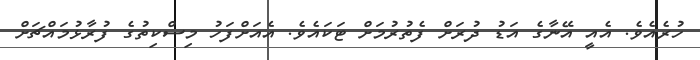
ހުރެއެވެ. އެއީ އޭނާގެ އަޑު ދުރަށް ފެތުރުމަށް ޓަކައެވެ. އެއަށްފަހު މިސްކިތުގެ ފުރާޅުމައްޗަށް